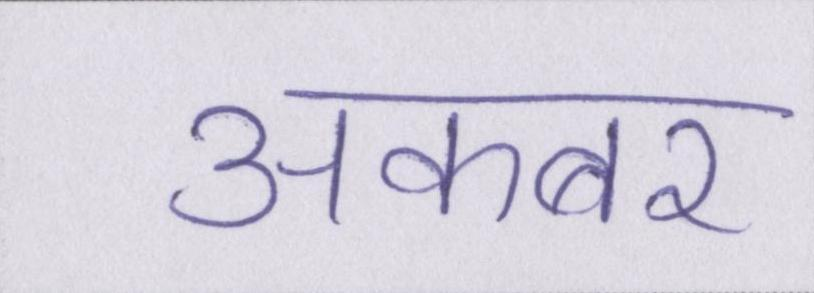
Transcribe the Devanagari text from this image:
अकबर